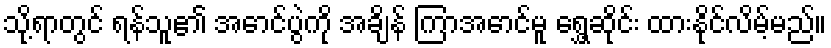
သို့ရာတွင် ရန်သူ၏ အောင်ပွဲကို အချိန် ကြာအောင်မူ ရွှေ့ဆိုင်း ထားနိုင်လိမ့်မည်။